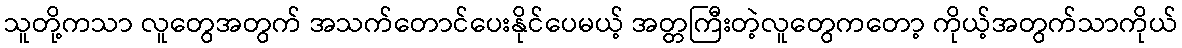
သူတို့ကသာ လူတွေအတွက် အသက်တောင်ပေးနိုင်ပေမယ့် အတ္တကြီးတဲ့လူတွေကတော့ ကိုယ့်အတွက်သာကိုယ်